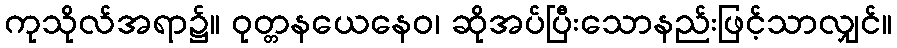
ကုသိုလ်အရာ၌။ ဝုတ္တနယေနေဝ၊ ဆိုအပ်ပြီးသောနည်းဖြင့်သာလျှင်။